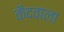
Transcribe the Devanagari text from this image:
कैदवाला